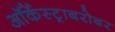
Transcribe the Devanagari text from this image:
ऑर्केस्ट्राबरोबर